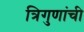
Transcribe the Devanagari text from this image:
त्रिगुणांची